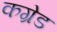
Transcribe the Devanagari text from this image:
कग्रेड